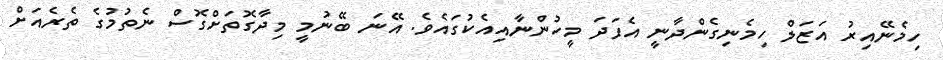
ހިމެނޭއިރު އަޒަލް ހިމެނިގެންދާނީ އެފަދަ މީހުންނާއިއެކުގައެވެ. އޭނަ ބޭނުމީ މިދާގޮތަށްގޮސް ނެތުމުގެ ތެރެއަށް